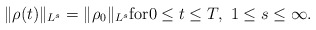
\begin{align*}\|\rho(t)\|_{L^s}=\|\rho_0\|_{L^s} {\rm for} 0 \le t \le T, \ 1\le s \le \infty.\end{align*}